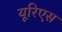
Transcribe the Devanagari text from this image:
यूरिएस